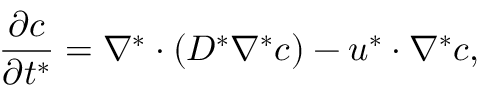
\frac { \partial c } { \partial t ^ { * } } = \nabla ^ { * } \cdot \left( D ^ { * } \nabla ^ { * } c \right) - \boldsymbol { u } ^ { * } \cdot { \nabla ^ { * } } c ,